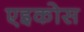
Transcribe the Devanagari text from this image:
एइकोस